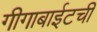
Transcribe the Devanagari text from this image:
गीगाबाईटची